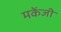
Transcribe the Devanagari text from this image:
मकेंजी